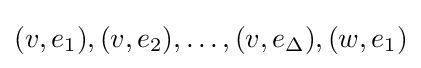
(v,e_{1}),(v,e_{2}),\ldots ,(v,e_{\Delta }),(w,e_{1})